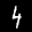
Label: 4